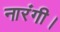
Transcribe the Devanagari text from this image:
नारंगी।